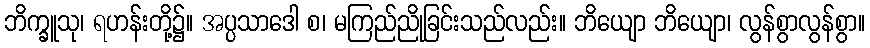
ဘိက္ခူသု၊ ရဟန်းတို့၌။ အပ္ပသာဒေါ စ၊ မကြည်ညိုခြင်းသည်လည်း။ ဘိယျော ဘိယျော၊ လွန်စွာလွန်စွာ။